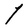
Character: l